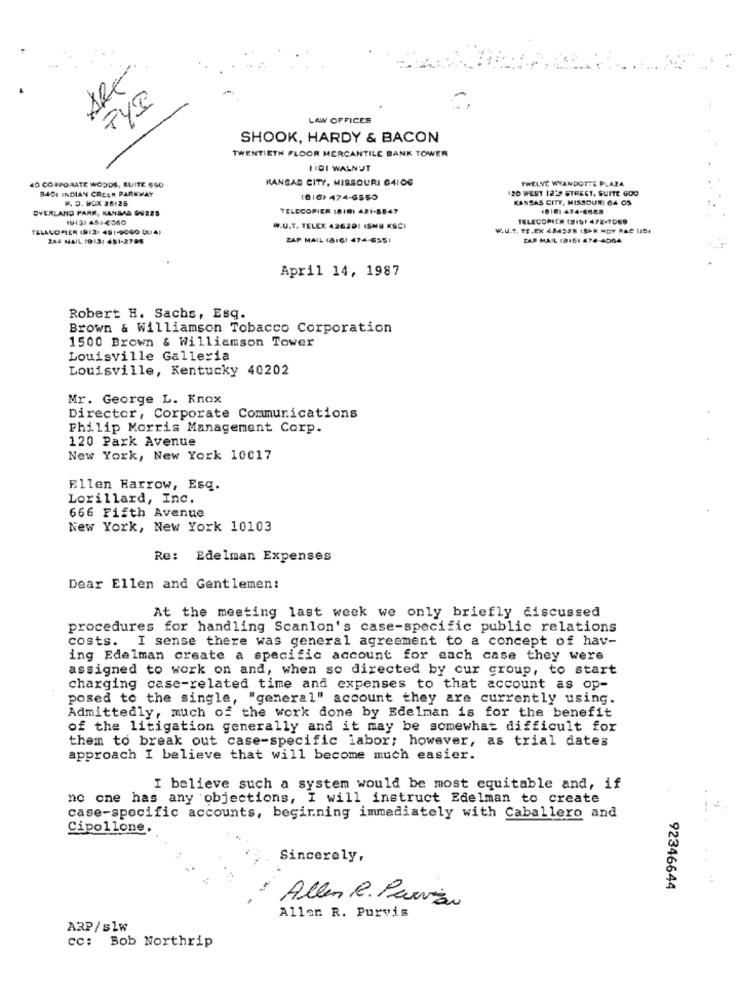
LAW OFFICES
SHOOK, HARDY & BACON
TWENTIETH FLOOR MERCANTILE BANK TOWER
HIDI WALNUT
40 CORPORATE WOODS, SUITE 650
KANSAS CITY, MISSOURI 64106
TWELVE WYANDOTTE PLAZA
RADI INDIAN CREEK PARKWAY
120 WEST 1239 STREET, SUITE 600
P. O. BOX 25126
(616) 474-6550
KANSAS CITY, MISSOURI 64 GS
OVERLAND PARK, KANSAS DUZES
TELECOPIER (81B) 421-5547
1913) 45 :- 6550
TELECOPIER (9191 472-1069
TELACOPIER (9:2) 481-9060 0(4)
W.U.T. TELEX 4262DI ISMO KSCI
MAU.P. TR.CX 42453S (SPK HOY RAC LIDI
ZAE NAIL 1913: 451-2795
ZAP MAIL (816) 474-6551
ZAR MAIL (8161 674-4064
April 14, 1987
Robert H. Sachs, Esq.
Brown & Williamson Tobacco Corporation
1500 Brown & Williamson Tower
Louisville Galleria
Louisville, Kentucky 40202
Mr. George L. Knox
Director, Corporate Communications
Philip Morris Management Corp.
120 Park Avenue
New York, New York 10017
Ellen Harrow, Esq.
Lorillard, Inc.
666 Fifth Avenue
New York, New York 10103
Re: Edelman Expenses
Dear Ellen and Gentlemen:
At the meeting last week we only briefly discussed
procedures for handling Scanlon's case-specific public relations
costs. I sense there was general agreement to a concept of hav-
ing Edelman create a specific account for each case they were
assigned to work on and, when so directed by cur group, to start
charging case-related time and expenses to that account as op-
posed to the single, "general" account they are currently using.
Admittedly, much of the work done by Edelman is for the benefit
of the litigation generally and it may be somewhat difficult for
them to break out case-specific labor; however, as trial dates
approach I believe that will become much easier.
I believe such a system would be most equitable and, if
no one has any objections, I will instruct Edelman to create
case-specific accounts, beginning immediately with Caballero and
Cipollone.
Sincerely,
..
92346644
Allen l. Parvis
Allen R. Purvis
ARP/s1w
cc: Bob Northrip